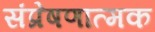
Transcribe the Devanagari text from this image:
संप्रेषणात्मक